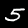
Label: 5